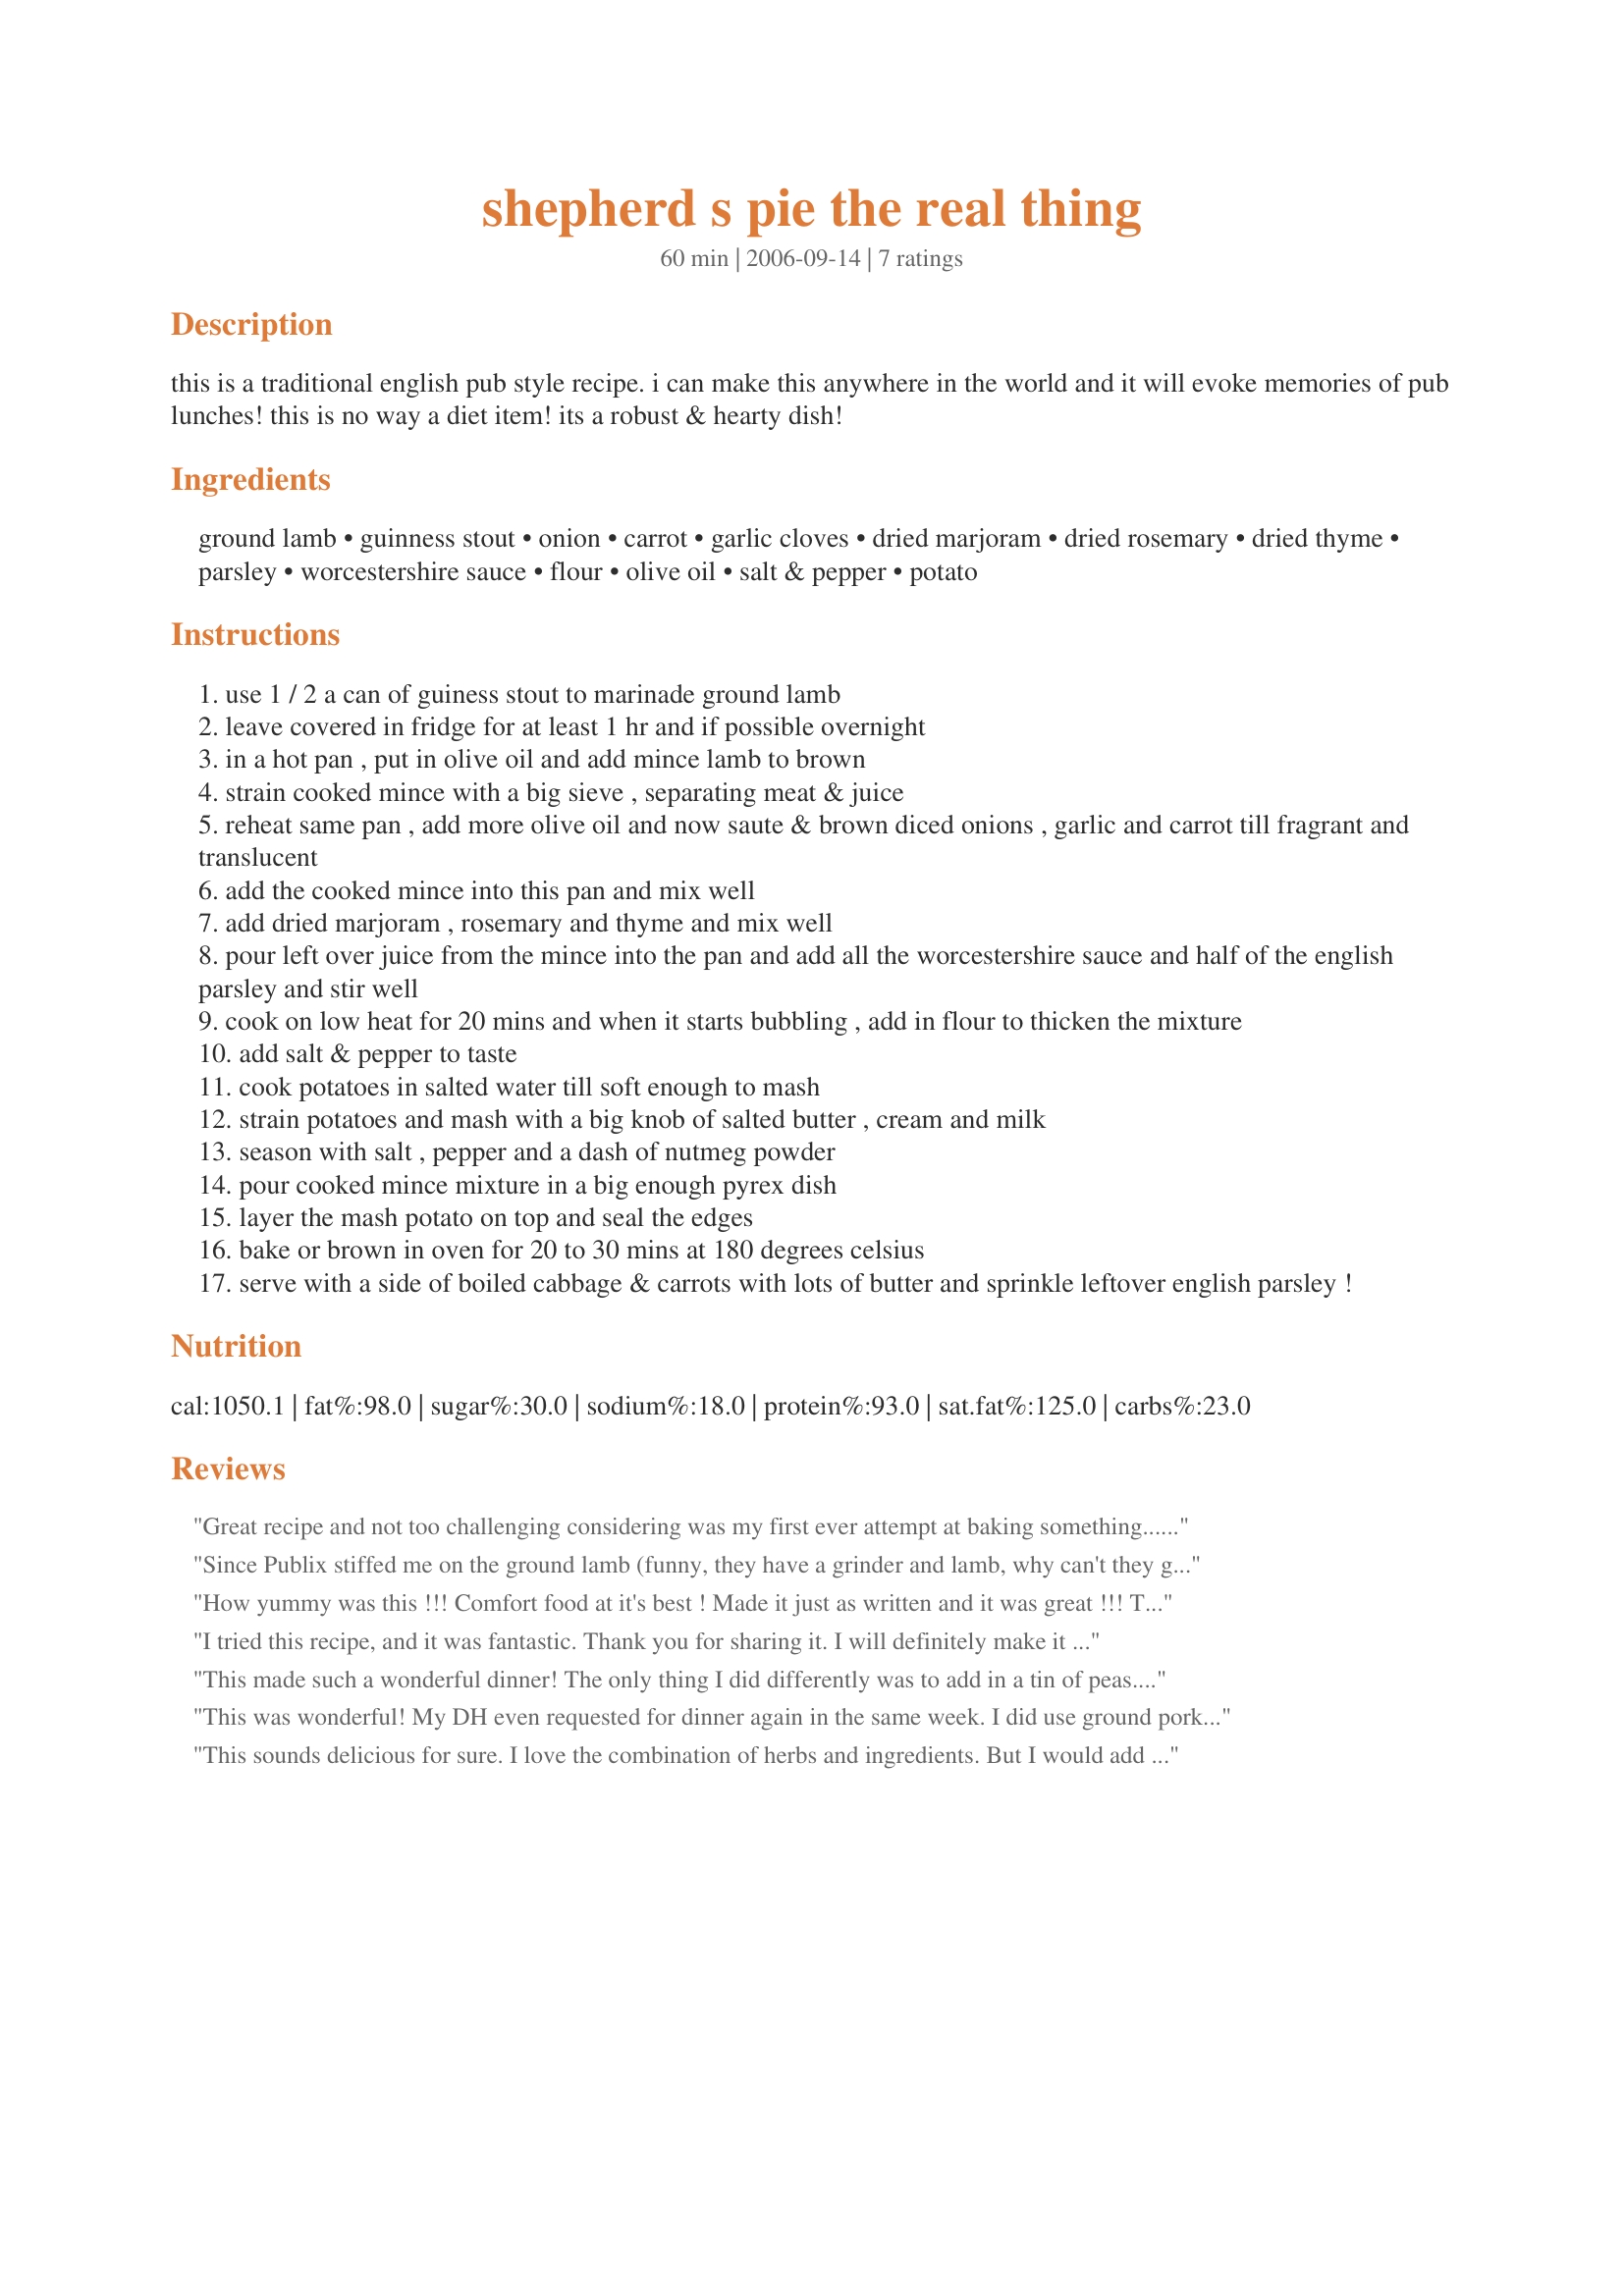
shepherd s pie the real thing
Preparation time: 60 minutes

this is a traditional english pub style recipe. i can make this anywhere in the world and it will evoke memories of pub lunches! this is no way a diet item! its a robust & hearty dish!

Ingredients:
ground lamb, guinness stout, onion, carrot, garlic cloves, dried marjoram, dried rosemary, dried thyme, parsley, worcestershire sauce, flour, olive oil, salt & pepper, potato

Steps:
use 1 / 2 a can of guiness stout to marinade ground lamb
leave covered in fridge for at least 1 hr and if possible overnight
in a hot pan , put in olive oil and add mince lamb to brown
strain cooked mince with a big sieve , separating meat & juice
reheat same pan , add more olive oil and now saute & brown diced onions , garlic and carrot till fragrant and translucent
add the cooked mince into this pan and mix well
add dried marjoram , rosemary and thyme and mix well
pour left over juice from the mince into the pan and add all the worcestershire sauce and half of the english parsley and stir well
cook on low heat for 20 mins and when it starts bubbling , add in flour to thicken the mixture
add salt & pepper to taste
cook potatoes in salted water till soft enough to mash
strain potatoes and mash with a big knob of salted butter , cream and milk
season with salt , pepper and a dash of nutmeg powder
pour cooked mince mixture in a big enough pyrex dish
layer the mash potato on top and seal the edges
bake or brown in oven for 20 to 30 mins at 180 degrees celsius
serve with a side of boiled cabbage & carrots with lots of butter and sprinkle leftover english parsley !

Reviews:
Great recipe and not too challenging considering was my first ever attempt at baking something... I added some fresh chilli, coriander and Tabasco sauce to spice it up a bit.. Good hearty meal...
Since Publix stiffed me on the ground lamb (funny, they have a grinder and lamb, why can't they grind some when I asked for it?) I had to use ground beef, but it still came out great! Also substituted a Newcastle brown for the Guinness, but that's a personal preference type of thing. The herbs and the worcestershire sauce really blended with the beer to make a taste that was terrific and reminiscent of pub grub (which I miss dearly).
How yummy was this !!! Comfort food at it's best ! Made it just as written and it was great !!! This is a keeper !
I tried this recipe, and it was fantastic. Thank you for sharing it. I will definitely make it again!
This made such a wonderful dinner! The only thing I did differently was to add in a tin of peas. There were a lot of good flavors in there; I loved the combination of the herbs, Guinness, and Worcestershire sauce. Thanks for the recipe!
This was wonderful! My DH even requested for dinner again in the same week. I did use ground pork instead of lamb as I could not find any ground lamb at my usual store. I think the Guiness really makes the flavor outstanding! Thanks for posting Judy!
This sounds delicious for sure. I love the combination of herbs and ingredients. But I would add a bit of chopped red pepper and if you sprinkle some paprika on top of the potatoes, it gives it a nice soft glow. The Guiness was a real novelty for me. What a treat!
